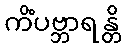
ကိံပဗ္ဘာရန္တိ